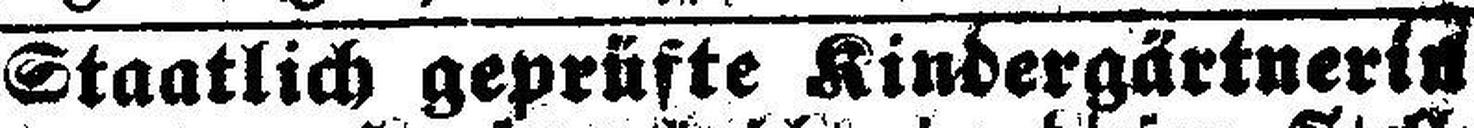
Staatlich geprüfte Kindergärtnerin